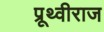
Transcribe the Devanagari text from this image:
प्रूथ्‍वीराज